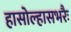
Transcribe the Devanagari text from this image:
हासोल्हासभरैः